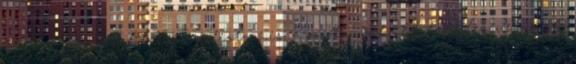
tagadjuk: felelőtlen szadista ő is; aszonta, inkább tényleg vegyünk